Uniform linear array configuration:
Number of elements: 4
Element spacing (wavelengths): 0.5
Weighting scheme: hamming
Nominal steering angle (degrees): -15
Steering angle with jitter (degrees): -14.003
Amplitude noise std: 0.05
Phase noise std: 0.05

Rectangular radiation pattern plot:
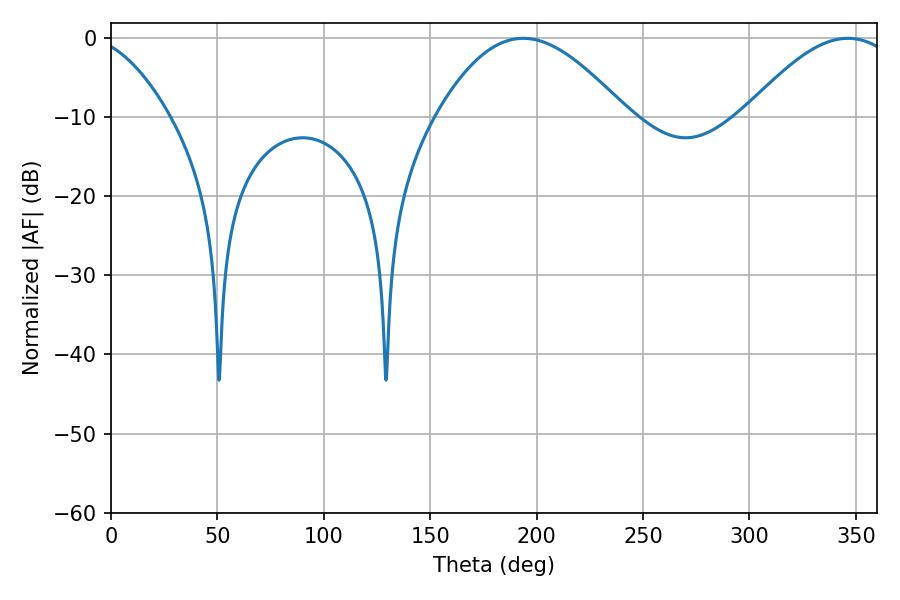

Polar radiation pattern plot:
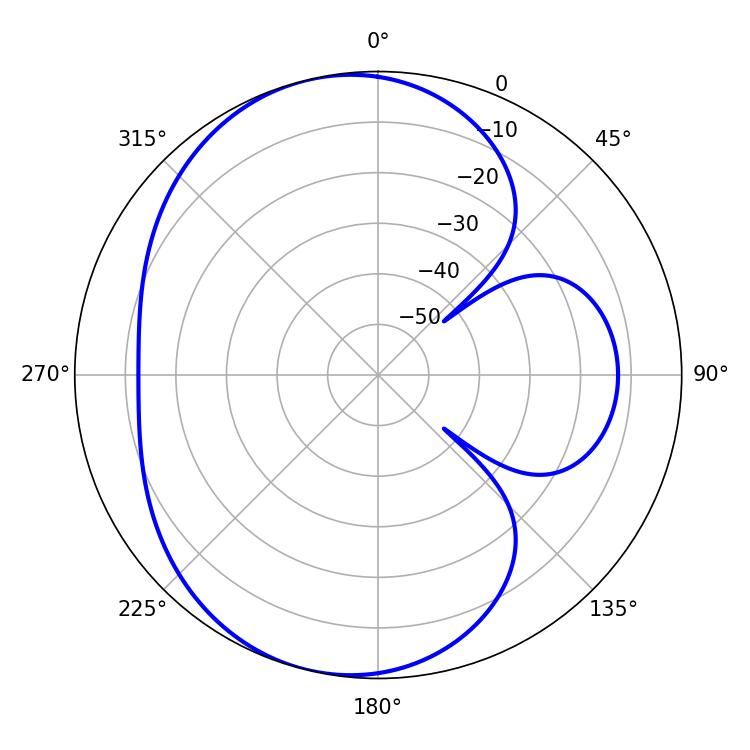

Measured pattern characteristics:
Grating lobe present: FALSE
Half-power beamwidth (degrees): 48.24
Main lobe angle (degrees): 193.68